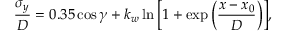
\frac { \sigma _ { y } } { D } = 0 . 3 5 \cos { \gamma } + k _ { w } \ln { \left[ 1 + \exp \left( \frac { x - x _ { 0 } } { D } \right) \right] } ,